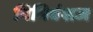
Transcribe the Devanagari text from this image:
निमिवंशज